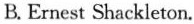
B.Ernest Shackleton.